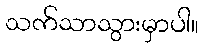
သက်သာသွားမှာပါ။